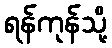
ရန်ကုန်သို့